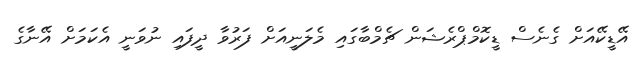
އޭޑީކޭއަށް ގެނެސް ޑީކޮމްޕްރެޝަން ޗެމްބާގައި މެލަނީއަށް ފަރުވާ ދީފައި ނުވަނީ އެކަމަށް އޭނާގެ